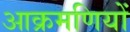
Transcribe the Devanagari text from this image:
आक्रमणियों